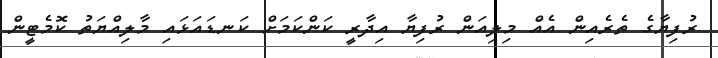
ރުފިޔާގެ ތެރެއިން އެއް މިލިއަން ރުފިޔާ އިދާރީ ކަންކަމަށް ކަނޑައަޅައި މާލިއްޔަތު ކޮމެޓީން